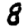
Digit: 8